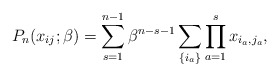
\begin{gather*}P_{n}(x_{ij};\beta)= \sum_{s=1}^{n-1} \beta^{n-s-1}\sum_{\{i_a \} } \prod_{a=1}^{s} x_{i_a,j_a},\end{gather*}